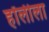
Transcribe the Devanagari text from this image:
हॉलीला